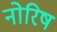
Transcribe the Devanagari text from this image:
नोरिष